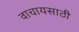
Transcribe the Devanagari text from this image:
वाचायसाठी